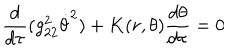
LaTeX: \frac { d } { d \tau } ( g _ { 2 2 } ^ { 2 } \dot { \theta } ^ { 2 } ) + K ( r , \theta ) \frac { d \theta } { d \tau } = 0